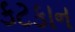
કટકાન